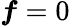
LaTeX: \boldsymbol{f}=0